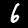
Digit: 6